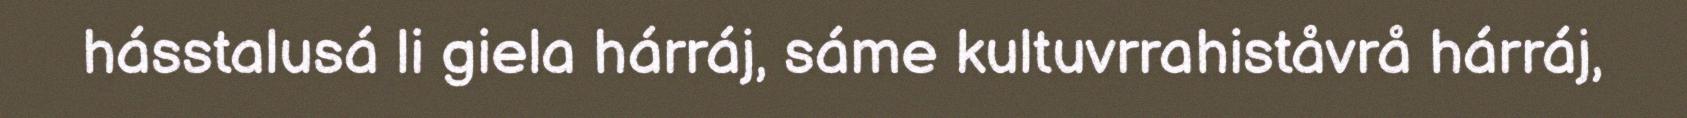
hásstalusá li giela hárráj, sáme kultuvrrahiståvrå hárráj,